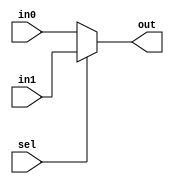
module address_mux #(parameter WIDTH = 5) (
  
  input [WIDTH - 1 : 0] in0,
  input [WIDTH - 1 : 0] in1,
  input sel,
  output [WIDTH - 1 : 0]out

); 
  
  assign out = (sel) ? in1 : in0;
  
endmodule